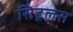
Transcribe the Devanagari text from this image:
सिट्रलस